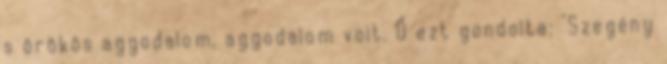
s örökös aggodalom. aggodalom volt. Ő ezt gondolta: "Szegény